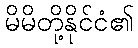
မိမိတို့နိုင်ငံ၏